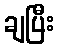
ချပြီး